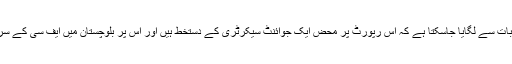
عدالت کا کہنا تھا کہ حکومت کی سنجیدگی کا اندازہ اس بات سے لگایا جاسکتا ہے کہ اس رپورٹ پر محض ایک جوائنٹ سیکرٹری کے دستخط ہیں اور اس پر بلوچستان میں ایف سی کے سربراہ میجر جنرل عبیداللہ خٹک کے بھی دستخط نہیں ہیں۔